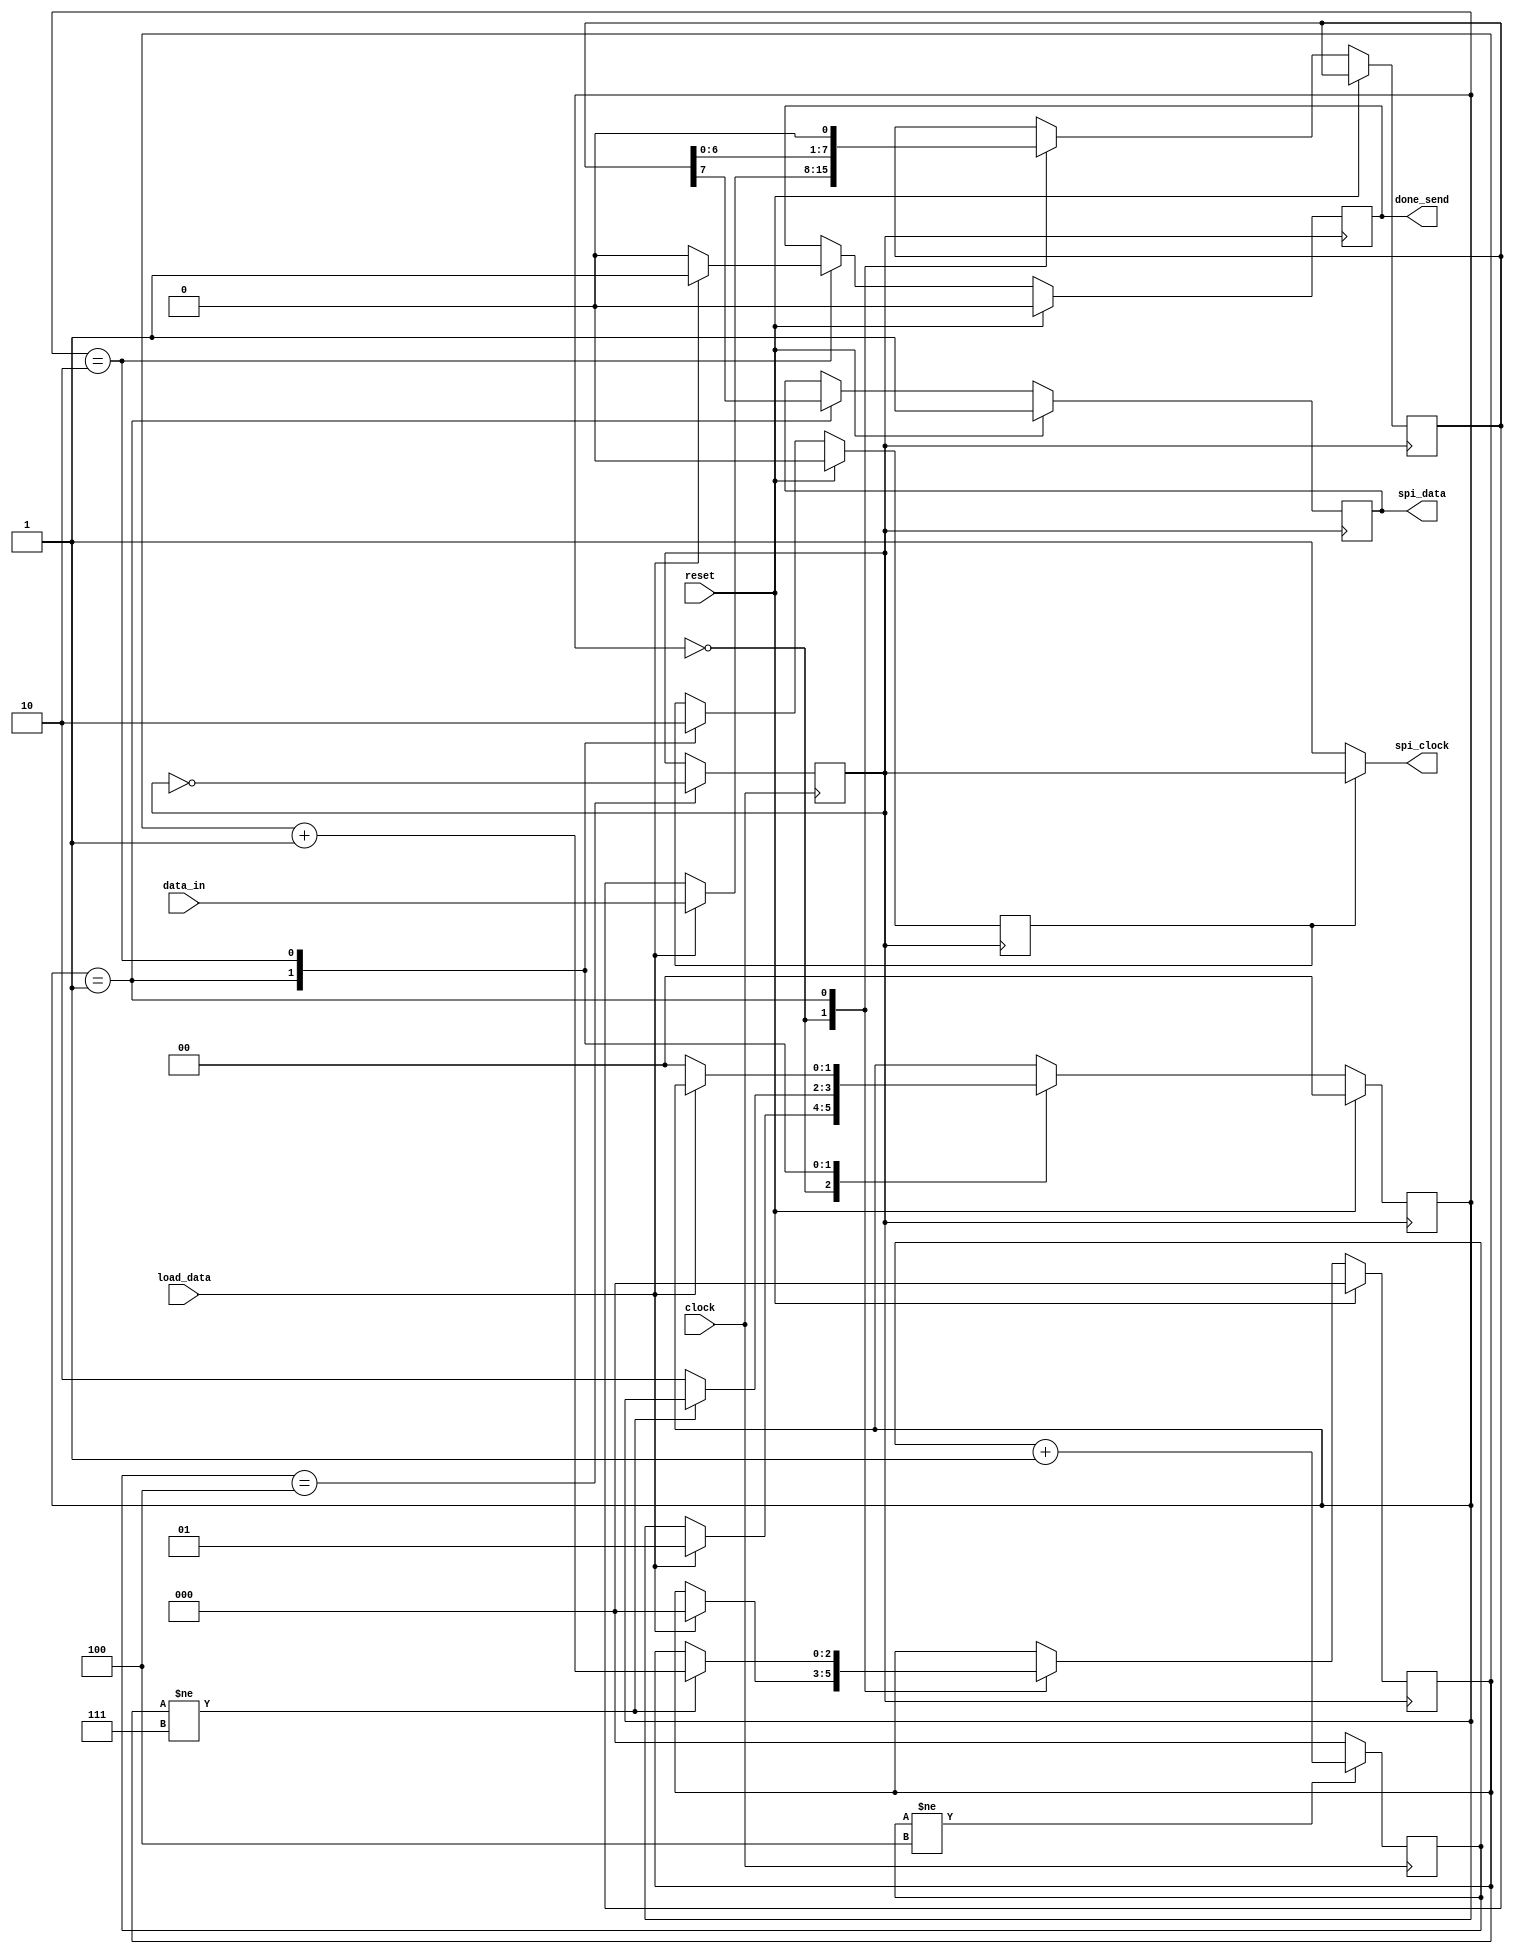
(* DONT_TOUCH = "TRUE" *) module spiControl(
    input wire  clock, //On-board Zynq clock (100 MHz)
    input wire reset,
    input wire [7:0] data_in,
    input wire  load_data, //Signal indicates new data for transmission
    output reg done_send,//Signal indicates data has been sent over spi interface
    output wire spi_clock,//10MHz max
    output reg spi_data
);

reg [2:0] counter=0;
reg [2:0] dataCount;
reg [7:0] shiftReg;
reg [1:0] state;
reg clock_10;
reg CE;

assign spi_clock = (CE == 1) ? clock_10 : 1'b1;

always @(posedge clock)
begin
    if(counter != 4)
        counter <= counter + 1;
    else
        counter <= 0;
end

initial
    clock_10 <= 0;

always @(posedge clock)
begin
    if(counter == 4)
        clock_10 <= ~clock_10;
end

localparam IDLE = 'd0,
           SEND = 'd1,
           DONE = 'd2;

always @(negedge clock_10)
begin
    if(reset)
    begin
        state <= IDLE;
        dataCount <= 0;
        done_send <= 1'b0;
        CE <= 0;
        spi_data <= 1'b1;
    end
    else
    begin
        case(state)
            IDLE:begin
                if(load_data)
                begin
                    shiftReg <= data_in;
                    state <= SEND;
                     dataCount <= 0;
                end
            end
            SEND:begin
                spi_data <= shiftReg[7];
                shiftReg <= {shiftReg[6:0],1'b0};
                CE <= 1;
                if(dataCount != 7)
                    dataCount <= dataCount + 1;
                else
                begin
                    state <= DONE;
                end
            end
            DONE:begin
                CE <= 0;
                done_send <= 1'b1;
                if(!load_data)
                begin
                    done_send <= 1'b0;
                    state <= IDLE;
                end
            end
        endcase
    end
end

    
    
endmodule